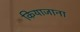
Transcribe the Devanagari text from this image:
कियाजाना